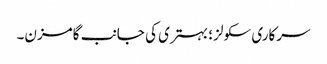
سرکاری سکولز ؛ بہتری کی جانب گامزن۔